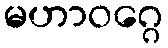
မဟာဝဂ္ဂေ